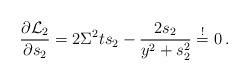
LaTeX: \begin{align*} \frac{\partial {\cal L}_2}{\partial s_2}=2\Sigma^2 ts_2-\frac{2s_2}{y^2+s_2^2}\stackrel{!}{=} 0 \:.\end{align*}